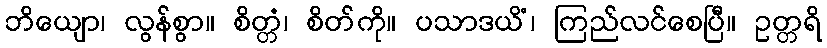
ဘိယျော၊ လွန်စွာ။ စိတ္တံ၊ စိတ်ကို။ ပသာဒယိံ၊ ကြည်လင်စေပြီ။ ဥတ္တရိ